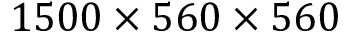
1 5 0 0 \times 5 6 0 \times 5 6 0